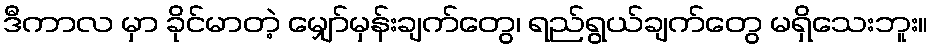
ဒီကာလ မှာ ခိုင်မာတဲ့ မျှော်မှန်းချက်တွေ၊ ရည်ရွယ်ချက်တွေ မရှိသေးဘူး။